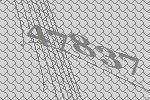
47837